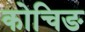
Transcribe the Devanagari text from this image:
कोचिङ